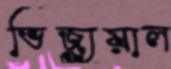
ভিজ্যুয়াল